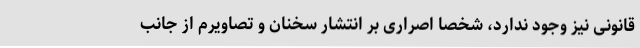
قانونی نیز وجود ندارد، شخصاً اصراری بر انتشار سخنان و تصاویرم از جانب